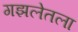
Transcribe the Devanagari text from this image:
गझलेतला